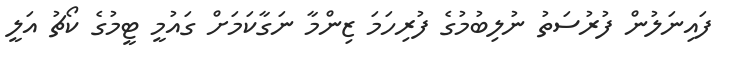
ފައިނަލުން ފުރުސަތު ނުލިބުމުގެ ފުރިހަމަ ޒިންމާ ނަގާކަމަށް ގައުމީ ޓީމުގެ ކޯޗު އަލީ